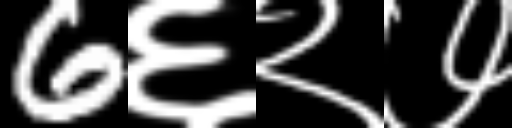
Text: 6६२७